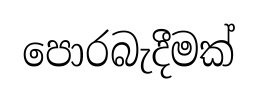
පොරබැදීමක්